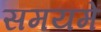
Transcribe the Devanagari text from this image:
समयमें